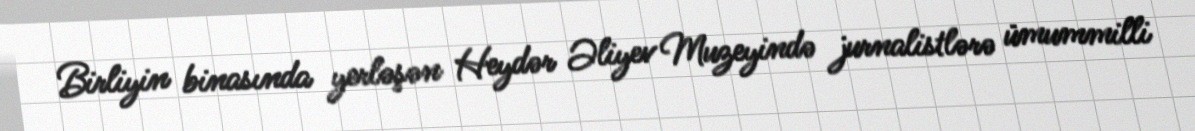
Birliyin binasında yerləşən Heydər Əliyev Muzeyində jurnalistlərə ümummilli